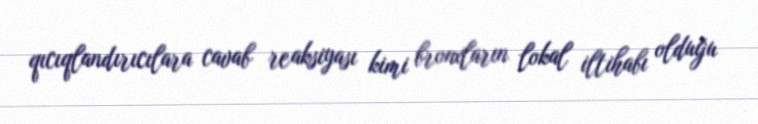
qıcıqlandırıcılara cavab reaksiyası kimi bronxların lokal iltihabı olduğu